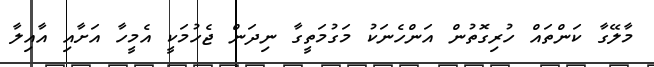
މާލޭގާ ކަންތައް ހުރިގޮތުން އަންހެނަކު މަގުމަތީގާ ނިދަން ޖެހުމަކީ އެމީހާ އަށާއި އާއިލާ